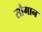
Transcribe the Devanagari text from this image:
सौगान